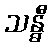
သန္ဓီ